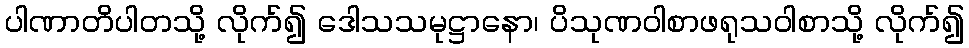
ပါဏာတိပါတသို့ လိုက်၍ ဒေါသသမုဋ္ဌာနော၊ ပိသုဏဝါစာဖရုသဝါစာသို့ လိုက်၍